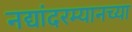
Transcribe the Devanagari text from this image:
नद्यांदरम्यानच्या